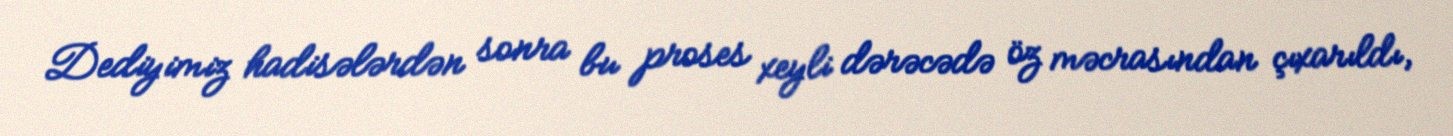
Dediyimiz hadisələrdən sonra bu proses xeyli dərəcədə öz məcrasından çıxarıldı,